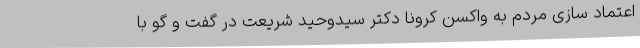
اعتماد سازی مردم به واکسن کرونا دکتر سیدوحید شریعت در گفت و گو با